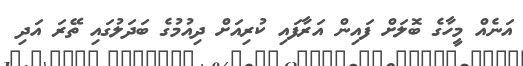
އަނެއް މީހާގެ ބޮލަށް ފައިން އަރާފައި ކުރިއަށް ދިއުމުގެ ބަދަލުގައި ތޭރަ އަދި